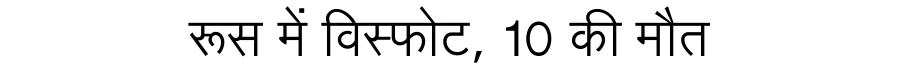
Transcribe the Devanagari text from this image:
रूस में विस्फोट, 10 की मौत